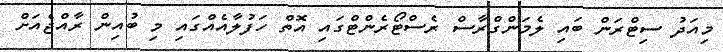
މިއަދު ސިޓްރަން ބައި ލެމަންގްރާސް ރެސްޓޯރެންޓްގައި އޮތް ހަފުލާއެއްގައި މި ބުއިން ރާއްޖެއަށް